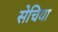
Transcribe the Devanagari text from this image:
सेचिया